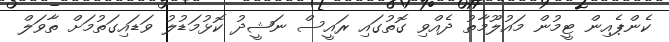
ކެންޕެއިން ޓީމުން މައުލޫމާތު ދެއްވި ގޮތުގައި ރައީސް ނަޝީދު ކޮޅުމަޑުލު ވަޑައިގަތުމަށް ތާވަލް